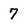
Character: 7